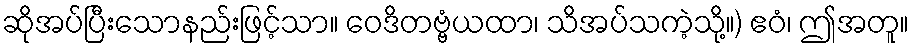
ဆိုအပ်ပြီးသောနည်းဖြင့်သာ။ ဝေဒိတဗ္ဗံယထာ၊ သိအပ်သကဲ့သို့။) ဧဝံ၊ ဤအတူ။